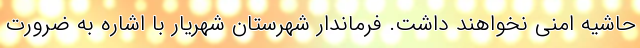
حاشیه امنی نخواهند داشت. فرماندار شهرستان شهریار با اشاره به ضرورت